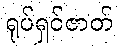
ရုပ်ရှင်ဇာတ်